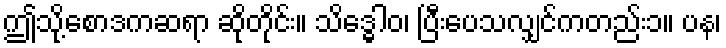
ဤသို့စောဒကဆရာ ဆိုတိုင်း။ သိဒ္ဓေါဝ၊ ပြီးပေသလျှင်ကတည်း၁။ ပန၊